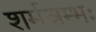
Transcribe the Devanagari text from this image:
शर्मन्नम्भः